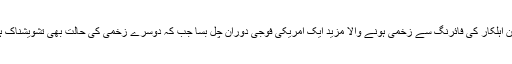
افغان اہلکار کی فائرنگ سے زخمی ہونے والا مزید ایک امریکی فوجی دوران چل بسا جب کہ دوسرے زخمی کی حالت بھی تشویشناک ہے۔